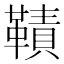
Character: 𩌪